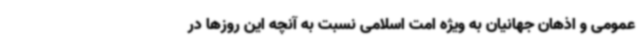
عمومی و اذهان جهانیان به ویژه امت اسلامی نسبت به آنچه این روزها در